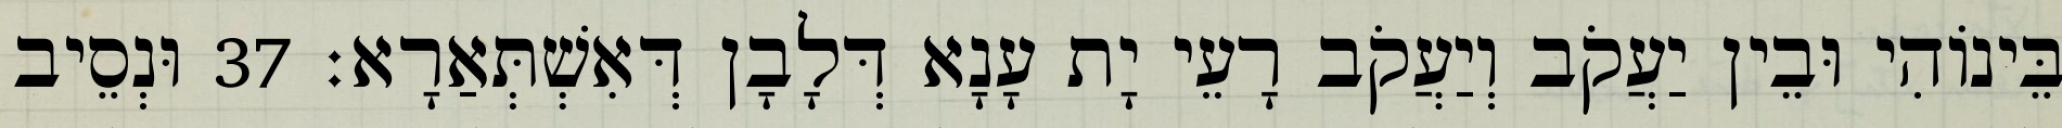
בֵּינוֹהִי וּבֵין יַעֲקֹב וְיַעֲקֹב רָעֵי יָת עָנָא דְּלָבָן דְּאִשְׁתְּאַרָא׃ 37 וּנְסֵיב